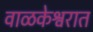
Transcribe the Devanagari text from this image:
वाळकेश्वरात